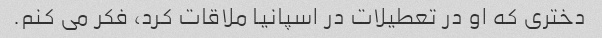
دختری که او در تعطیلات در اسپانیا ملاقات کرد، فکر می کنم.